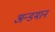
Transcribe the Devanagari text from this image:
अन्डमान